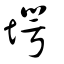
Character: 堮